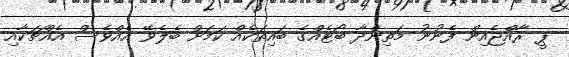
ޕީ ރާއްޖެއިން ފެނުނު މަތިންދާ ބޯޓެއްގެ ބައިތަކެއް ކަމަށް ބެލެވޭ އެއްވެސް އެއްޗަކާއި